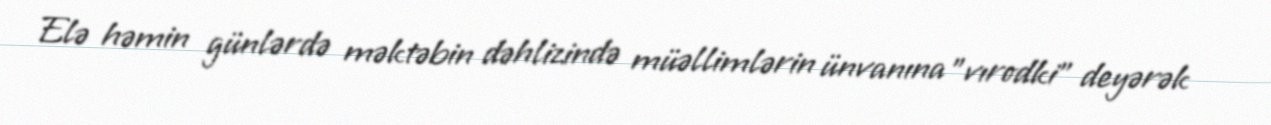
Elə həmin günlərdə məktəbin dəhlizində müəllimlərin ünvanına "vırodki" deyərək